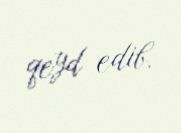
qeyd edib.